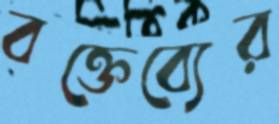
বক্তেব্যের